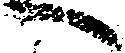
へ